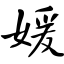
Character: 媛